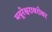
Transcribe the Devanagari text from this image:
मयूरेश्वराबरोबर